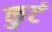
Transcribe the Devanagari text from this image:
कुटं